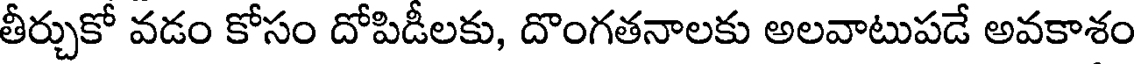
తీర్చుకో వడం కోసం దోపిడీలకు, దొంగతనాలకు అలవాటుపడే అవకాశం